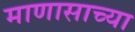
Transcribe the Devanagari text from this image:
माणासाच्या